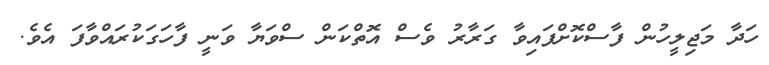
ހަދާ މަޖިލީހުން ފާސްކޮށްފައިވާ ގަރާރު ވެސް އޮތްކަން ސްވަޔާ ވަނީ ފާހަގަކުރައްވާފަ އެވެ.